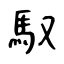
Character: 馭